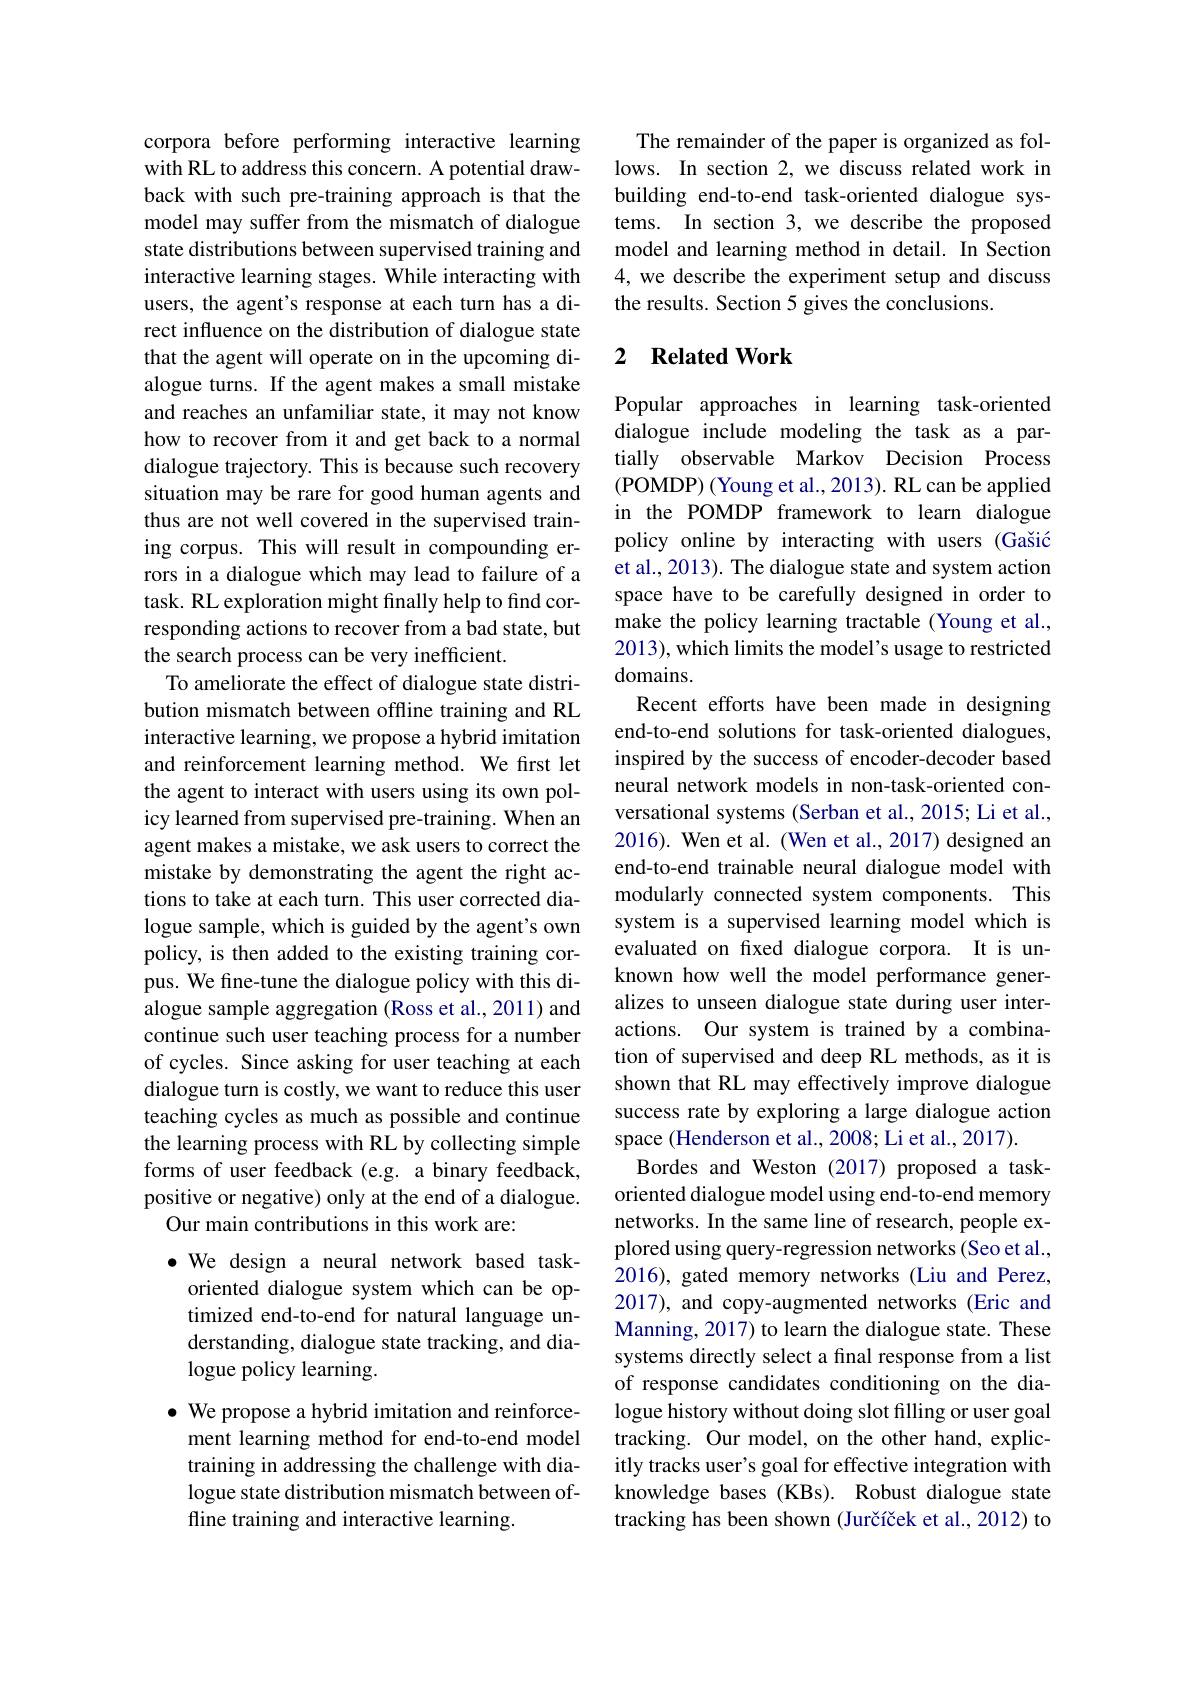
corpora before performing interactive learning with RL to address this concern. A potential drawback with such pre-training approach is that the model may suffer from the mismatch of dialogue state distributions between supervised training and interactive learning stages. While interacting with users, the agent's response at each turn has a direct influence on the distribution of dialogue state that the agent will operate on in the upcoming dialogue turns. If the agent makes a small mistake and reaches an unfamiliar state, it may not know how to recover from it and get back to a normal dialogue trajectory. This is because such recovery situation may be rare for good human agents and thus are not well covered in the supervised training corpus. This will result in compounding errors in a dialogue which may lead to failure of a task. RL exploration might finally help to find corresponding actions to recover from a bad state, but the search process can be very inefficient.
To ameliorate the effect of dialogue state distribution mismatch between offline training and RL interactive learning, we propose a hybrid imitation and reinforcement learning method. We first let the agent to interact with users using its own policy learned from supervised pre-training. When an agent makes a mistake, we ask users to correct the mistake by demonstrating the agent the right actions to take at each turn. This user corrected dialogue sample, which is guided by the agent's own policy, is then added to the existing training corpus. We fine-tune the dialogue policy with this dialogue sample aggregation (Ross et al., 2011) and continue such user teaching process for a number of cycles. Since asking for user teaching at each dialogue turn is costly, we want to reduce this user teaching cycles as much as possible and continue the learning process with RL by collecting simple forms of user feedback (e.g. a binary feedback, positive or negative) only at the end of a dialogue.
Our main contributions in this work are:
$\bullet$ We design a neural network based taskoriented dialogue system which can be optimized end-to-end for natural language understanding, dialogue state tracking, and dialogue policy learning.
$\bullet$ We propose a hybrid imitation and reinforce-
ment learning method for end-to-end model training in addressing the challenge with dialogue state distribution mismatch between offline training and interactive learning.

The remainder of the paper is organized as follows. In section 2, we discuss related work in building end-to-end task-oriented dialogue systems. In section 3, we describe the proposed model and learning method in detail. In Section 4, we describe the experiment setup and discuss the results. Section 5 gives the conclusions.

### 2 $\textbf{Related Work}$

Popular approaches in learning task-oriented dialogue include modeling the task as a partially observable Markov Decision Process (POMDP) (Young et al., 2013). RL can be applied in the POMDP framework to learn dialogue policy online by interacting with users (Gašić et al., 2013). The dialogue state and system action space have to be carefully designed in order to make the policy learning tractable (Young et al., 2013), which limits the model's usage to restricted domains.
Recent efforts have been made in designing end-to-end solutions for task-oriented dialogues, inspired by the success of encoder-decoder based neural network models in non-task-oriented conversational systems (Serban et al., 2015; Li et al., 2016). Wen et al. (Wen et al., 2017) designed an end-to-end trainable neural dialogue model with modularly connected system components. This system is a supervised learning model which is evaluated on fixed dialogue corpora. It is unknown how well the model performance generalizes to unseen dialogue state during user interactions. Our system is trained by a combination of supervised and deep RL methods, as it is shown that RL may effectively improve dialogue success rate by exploring a large dialogue action space (Henderson et al., 2008; Li et al., 2017).
Bordes and Weston (2017) proposed a taskoriented dialogue model using end-to-end memory networks. In the same line of research, people explored using query-regression networks(Seo et al., 2016), gated memory networks (Liu and Perez, 2017), and copy-augmented networks (Eric and Manning, 2017) to learn the dialogue state. These systems directly select a final response from a list of response candidates conditioning on the dialogue history without doing slot filling or user goal tracking. Our model, on the other hand, explicitly tracks user's goal for effective integration with knowledge bases (KBs). Robust dialogue state tracking has been shown (Jurčíček et al., 2012) to